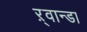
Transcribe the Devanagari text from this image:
ऱ्वान्डा